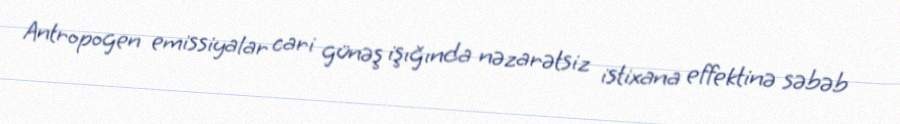
Antropogen emissiyalar cari günəş işığında nəzarətsiz istixana effektinə səbəb